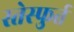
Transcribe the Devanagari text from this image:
स्तेस्फुर्त